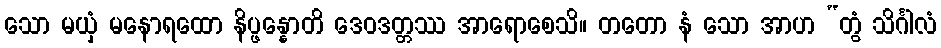
သော မယှံ မနောရထော နိပ္ဖန္နောတိ ဒေဝဒတ္တဿ အာရောစေသိ။ တတော နံ သော အာဟ “တွံ သိင်္ဂါလံ